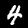
Digit: 4